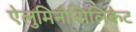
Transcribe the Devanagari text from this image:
ऐलुमिनोसिलिकेट